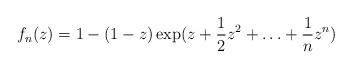
LaTeX: \begin{align*} f_n(z)=1-(1-z)\exp(z+\frac{1}{2}z^2+\ldots+\frac{1}{n}z^n) \end{align*}